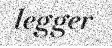
legger